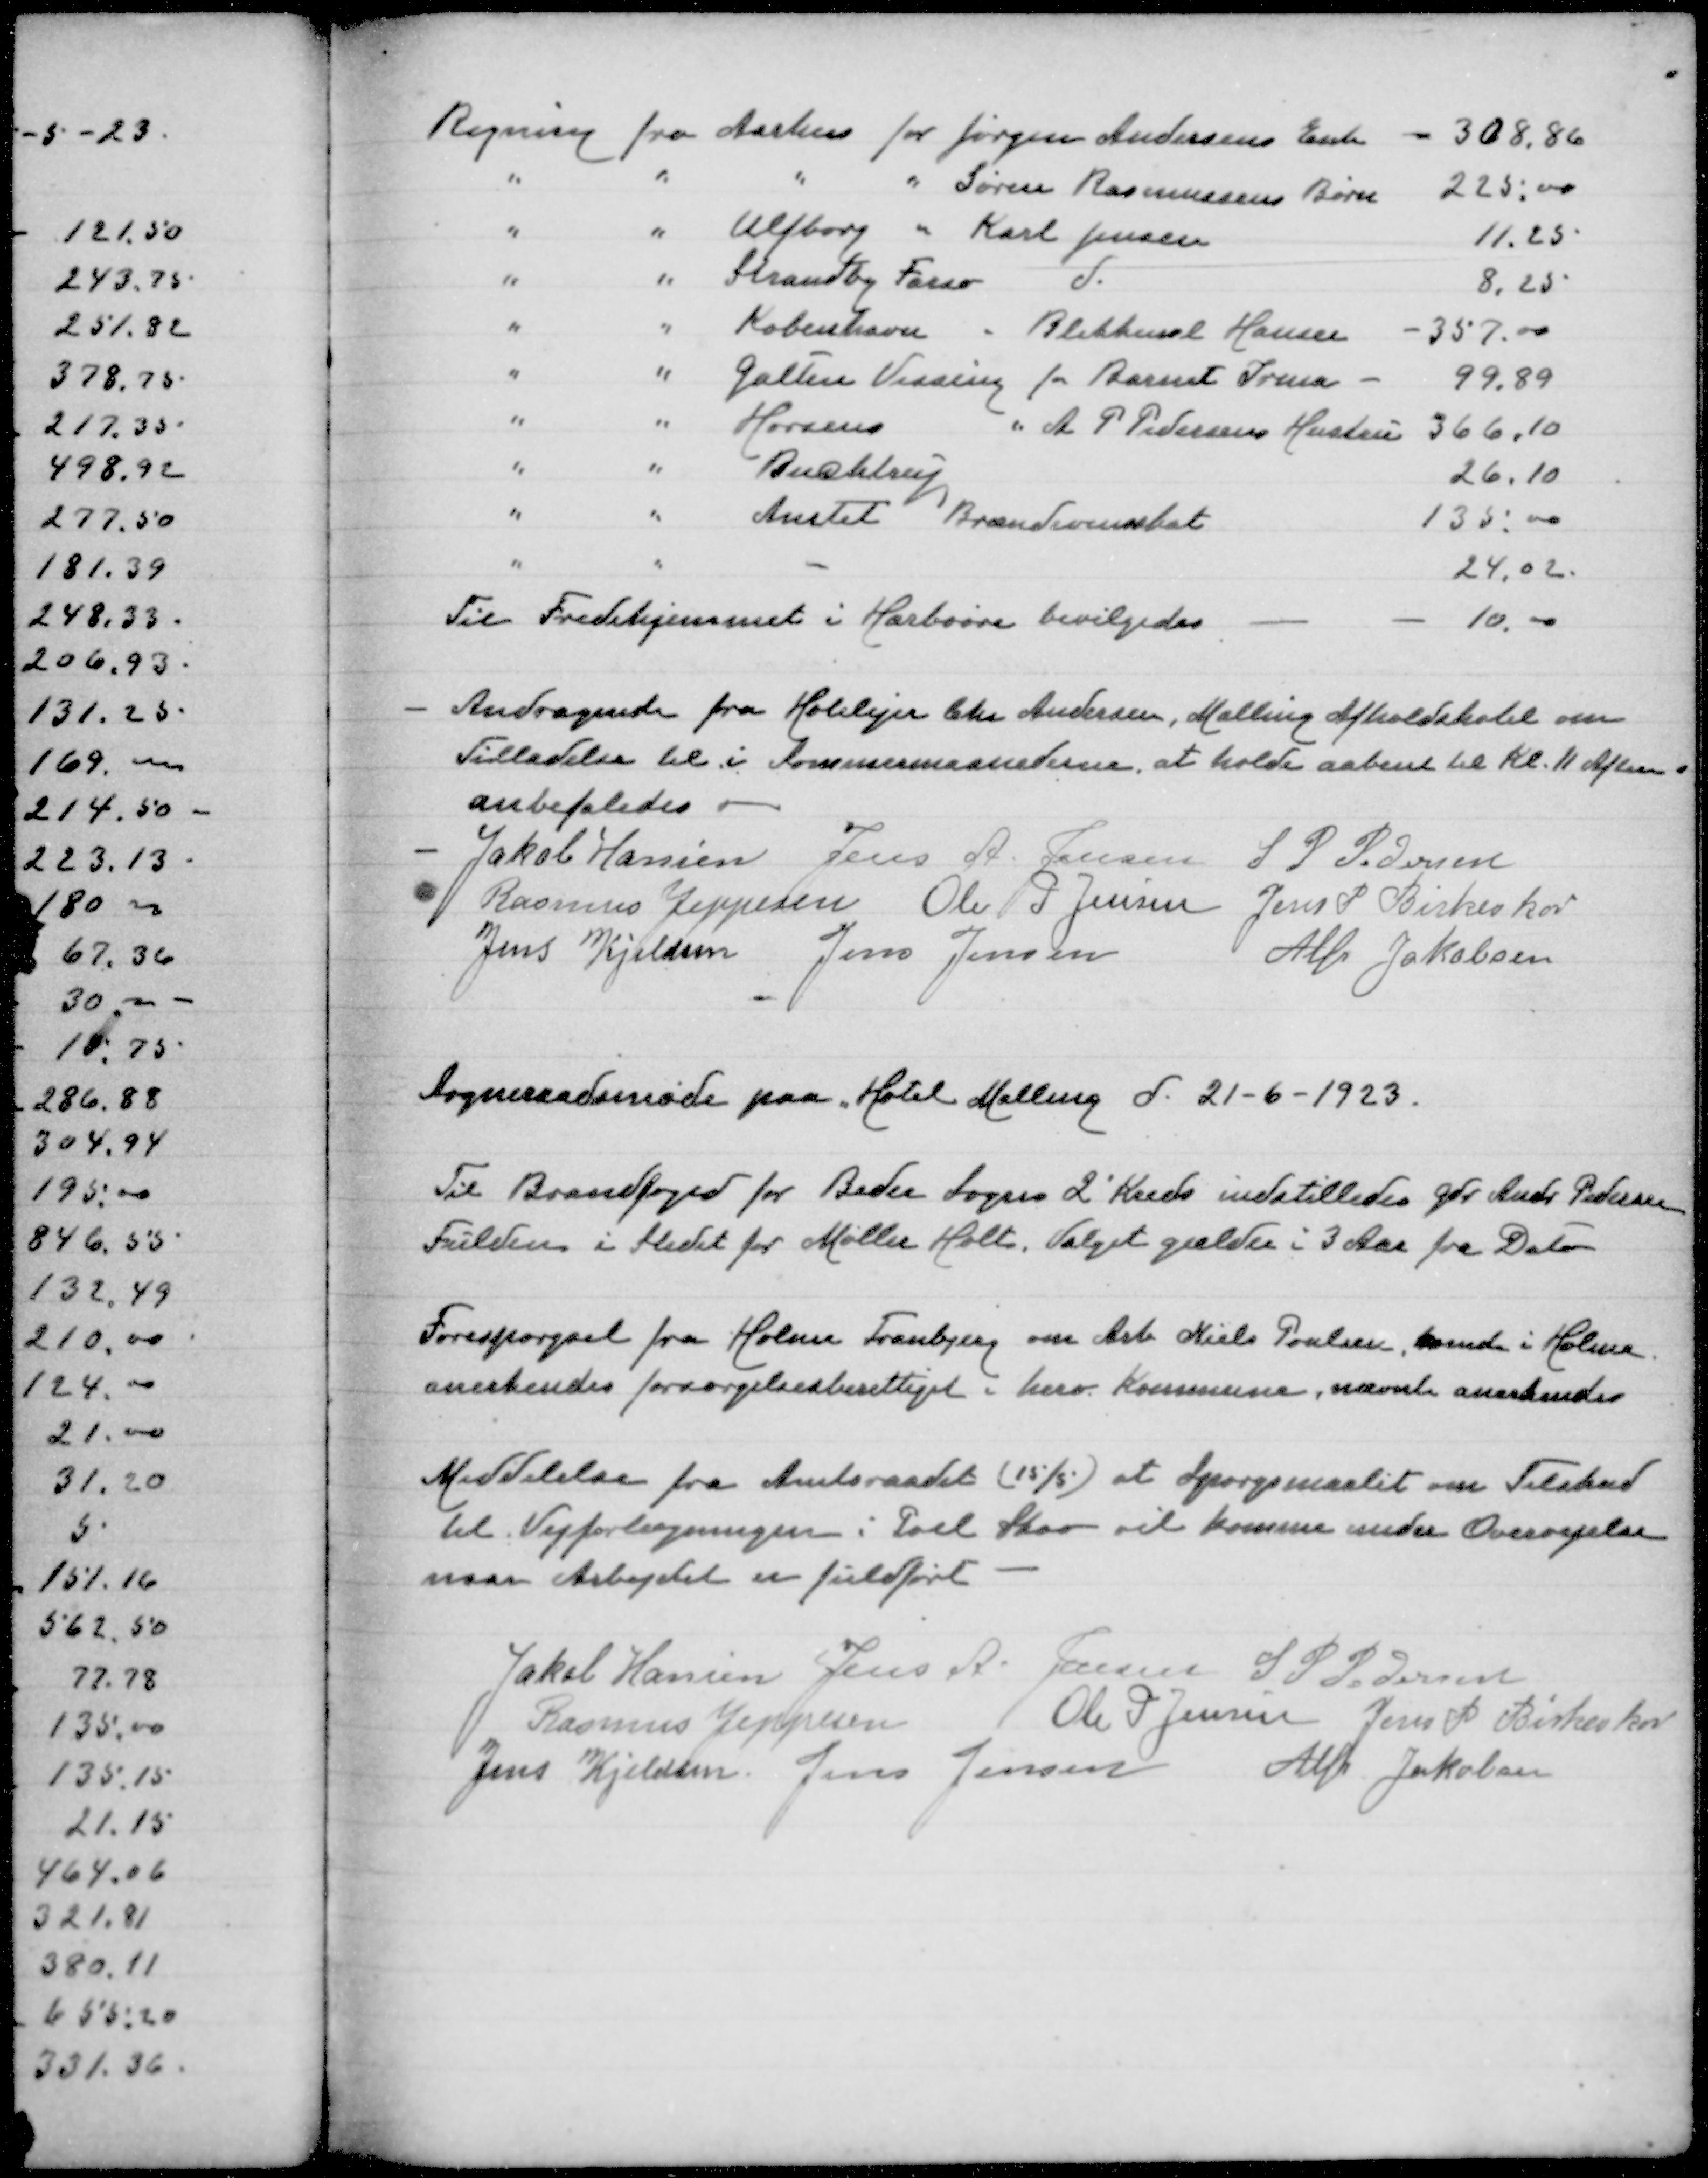
Transskription:
Regning fra Aarhus for Jørgen Andersens Enke - 308,86
" " " " Søren Rasmussens Børn 225,00
" " Ulfborg " Karl Jensen 11,25
" " Strandby Farsø d 8,25
" " København " Blikkensl Hansen - 357,00
" " Galten Vissing for Barnet Irena - 99,89
" " Horsens " A P Pedersens Hustru 366,10
" "  Bucklaug 26,10
" " Amtet Brændevinsskat 135,00
" " - 24,02
Til Fredshjemmet i Harboøre bevilgedes - - 10,00

Andragende fra Hotelejer Chr Andersen, Malling Afholdshotel om
Tilladelse til i Sommermaanederne at holde aabent til Kl 11 Aften
anbefaledes
Jakob Hansen
Jens A Jensen
S P Pedersen
Rasmus Jeppesen
Ole P Jensen
Jens P Birkeskov
Jens Kjeldsen
Jens Jensen
Alfr Jakobsen
Sogneraadsmøde paa Hotel Malling d 21-6-1923
Til Brandfoged for Beder Sogns 2' Kreds indstilledes Gdr Andr Pedersen
Fulden i Stedet for Møller Holt, Valget gælder i 3 Aar fra Dato
Forespørgsel fra Holme Tranbjerg om Arb. Niels Poulsen, boende i Holme
anerkendes forsørgelsesberettiget i herv Kommune, nævnte anerkendes
Meddelelse fra Amtsraadet (15/5) at Spørgsmaalet om Tilskud
til Vejforlægningen i Pøel vil komme under Overvejelse
naar Arbejdet er fuldført
Jakob Hansen
Jens A Jensen
S P Pedersen
Rasmus Jeppesen
Ole P Jensen
Jens P Birkeskov
Jens Kjeldsen
Jens Jensen
Alfr Jakobsen